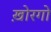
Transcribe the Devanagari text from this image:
ख़ोरगो